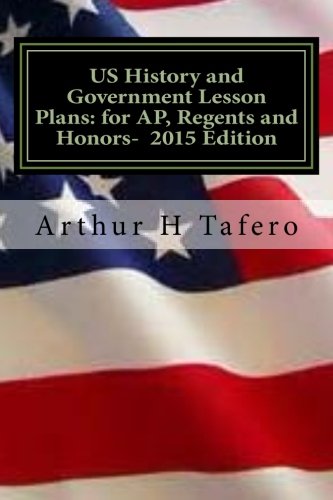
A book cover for US History and Government Lesson Plans for AP, Regents and Honors - 2015 Edition: With Full Exams; Arthur H Tafero; Test Preparation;